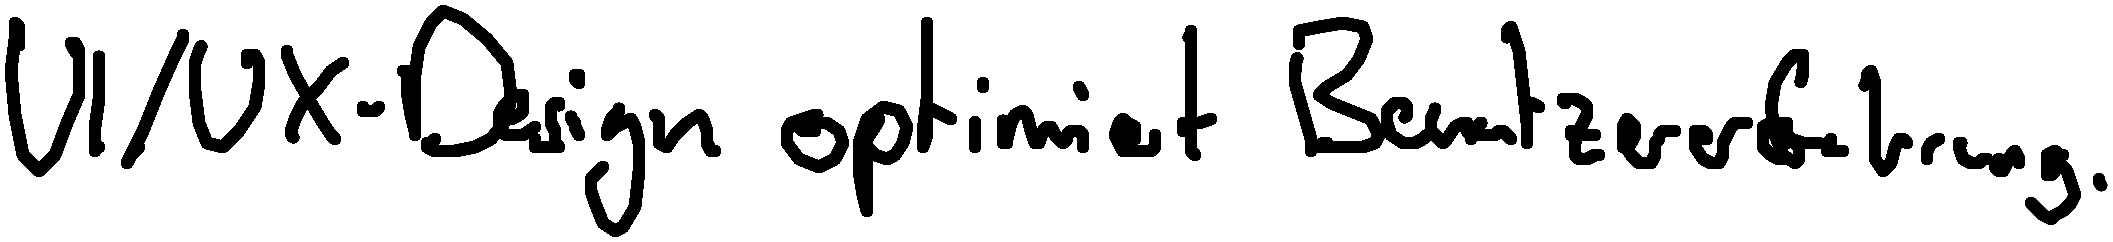
UI/UX-Design optimiert Benutzererfahrung.